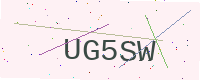
Text: UG5SW